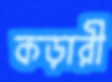
কড়ারী